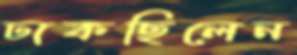
ঢাকছিলেন